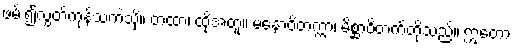
ဖမ်း၍လွှတ်ကုန်သကဲ့သို့။ တထာ၊ ထို့အတူ။ မနောဝိတက္ကာ၊ မိစ္ဆာဝိတက်တို့သည်။ ဣတော